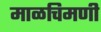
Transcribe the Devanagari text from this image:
माळचिमणी